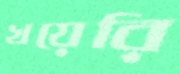
খয়েরি